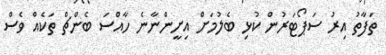
ތަފާތު އިރު ސަޕޯޓަރުން ކުޅި ބެލުމަށް އިށީންނާނެ ހާއްސަ ބެންޗް ތަކެއް ވެސް